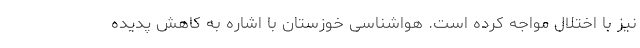
نیز با اختلال مواجه کرده است. هواشناسی خوزستان با اشاره به کاهش پدیده